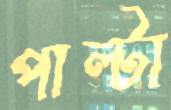
পাল্টা